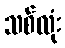
သစ်လုံး